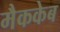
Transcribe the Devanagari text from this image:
मैककेब